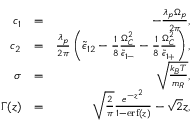
\begin{array} { r l r } { c _ { 1 } } & { = } & { - \frac { \lambda _ { p } \Omega _ { p } } { 2 \pi } , } \\ { c _ { 2 } } & { = } & { \frac { \lambda _ { p } } { 2 \pi } \left( \tilde { \epsilon } _ { 1 2 } - \frac { 1 } { 8 } \frac { \Omega _ { C } ^ { 2 } } { \tilde { \epsilon } _ { 1 - } } - \frac { 1 } { 8 } \frac { \Omega _ { C } ^ { 2 } } { \tilde { \epsilon } _ { 1 + } } \right) , } \\ { \sigma } & { = } & { \sqrt { \frac { k _ { B } T } { m _ { R } } } , } \\ { \Gamma ( z ) } & { = } & { \sqrt { \frac { 2 } { \pi } } \frac { e ^ { - z ^ { 2 } } } { 1 - \mathrm { e r f } \left( z \right) } - \sqrt { 2 } z , } \end{array}